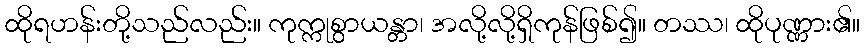
ထိုရဟန်းတို့သည်လည်း။ ကုက္ကုစွာယန္တာ၊ အလို့လို့ရှိကုန်ဖြစ်၍။ တဿ၊ ထိုပုဏ္ဏား၏။